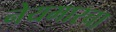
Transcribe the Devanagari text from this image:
नेयमारचा